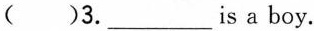
( )3.___s a boy.